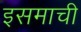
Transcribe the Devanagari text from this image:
इसमाची